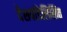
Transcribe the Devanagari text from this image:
देशपांडेलिखित